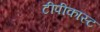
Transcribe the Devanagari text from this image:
टीपीकास्ट